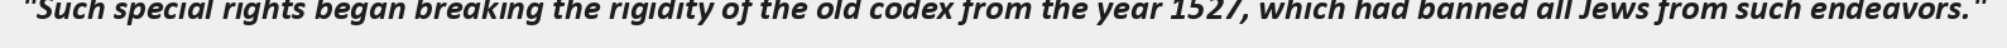
"Such special rights began breaking the rigidity of the old codex from the year 1527, which had banned all Jews from such endeavors."